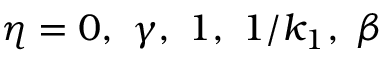
\eta = 0 , \ \gamma , \ 1 , \ 1 / k _ { 1 } , \ \beta